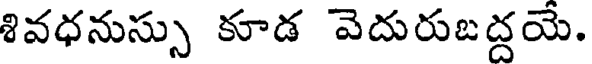
శివధనుస్సు కూడ వెదురుజద్దయే.